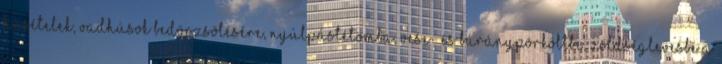
húsételek, vadhúsok bedörzsölésére, nyúlpástétomba, vese- és báránypörköltbe, zöldséglevesbe a